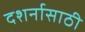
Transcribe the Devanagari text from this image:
दशर्नासाठी